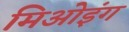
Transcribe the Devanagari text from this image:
मिओइंग